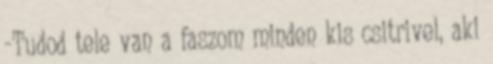
-Tudod tele van a faszom minden kis csitrivel, aki